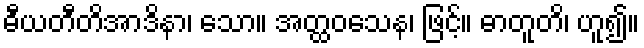
ဓီယတီတိအာဒိနာ၊ သော။ အတ္ထဝသေန၊ ဖြင့်။ ဓာတူတိ၊ ဟူ၍။